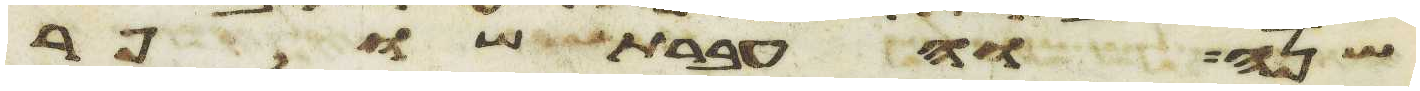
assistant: שנה והעברת שופר